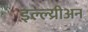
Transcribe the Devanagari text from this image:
इल्ल्य्रीअन